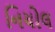
નિયોલ